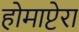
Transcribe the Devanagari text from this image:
होमाप्टेरा